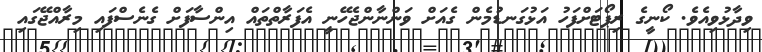
ވިދާޅުވިއެވެ. ކޯނީގެ ރިޕޯޓަށްފަހު އަޅުގަނޑުމެން ގެއަށް ވަންނާންޖެހޭނީ އެފަރާތްތައް އިންސާފަށް ގެނެސްފައި މިރާއްޖޭގައި